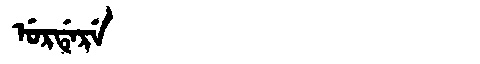
Manchu: ᡠᡵᡩᡝᡵᡝ
Romanization: URDERE